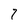
Character: 7